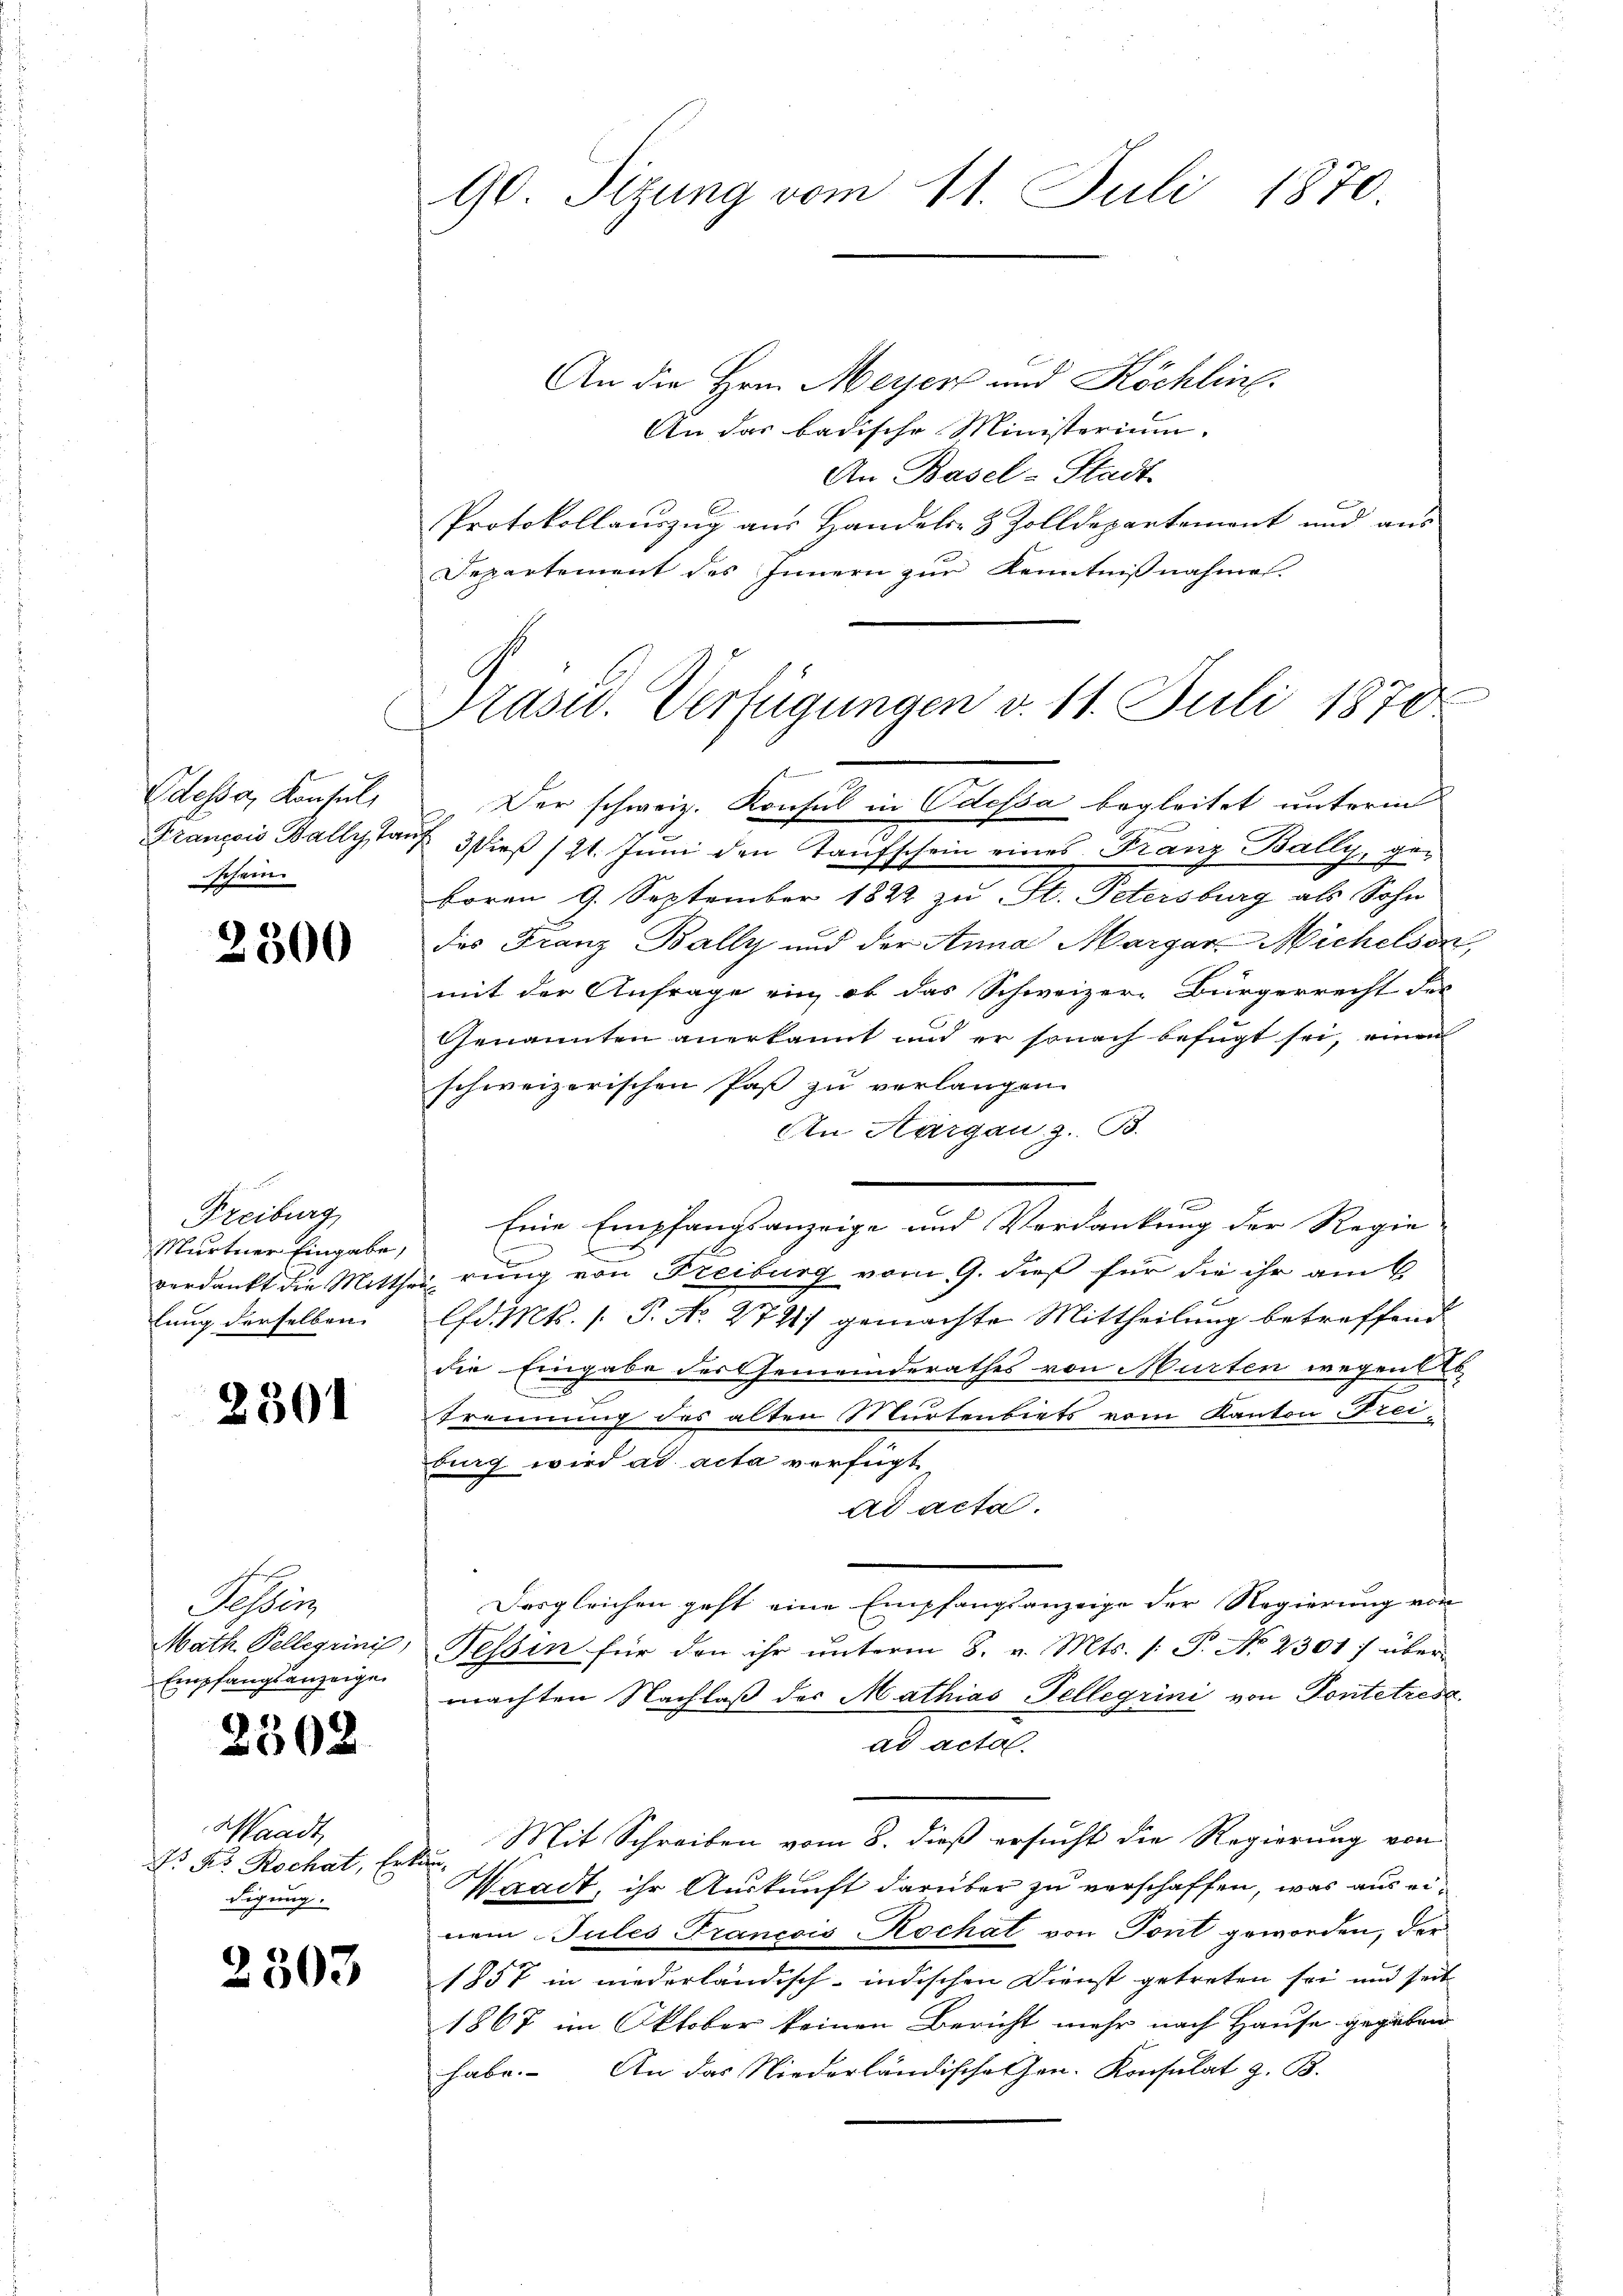
Odessa, Konsul
Francois Bally, Ta
Schein

2300

Freiburg,
Murtner Eingabe,
lung derselben

2301

sleis
Math. Pellerini,
Empfangsanzeige

2302

Waadt,
N. K. Rochat, Erkun-
digung.

2503

90. Sizung vom 11. Juli 1870.

An die Hrn. Meyer und Köchling.
An das badische Ministerium.
An Basel-Stadt-
Protokollauszug aus Handels- & Zolldepartement und aus
Departement des Innern zur Kenntnisnahme.
a 3 dieß (21. Juni den Taufschein eines Franz Bally,

form 9. September 1822 zu St. Petersburg als Sohn
des Franz Bally und der Anna Margar-Michelsen,
mit der Anfrage ein, ob das Schweizer-Bürgerrecht des
Genannten anerkannt und er sonach befügt sei, einen
schweizerischen Paß zu verlangen.
An Aargau, z. B.
.
C
verdankt die Mitther rung von Freiburg vom 9. dieß für die ihr am 6.
lfd. Mts. 1. P. No. 277) gemachte Mittheilung betreffend
die Eingabe der Gemeinderathes von Murten wegens
Trennung des alten Murtenbiets vom Kanton Freiburg wird ad acta verfügt,
ad acta.
Desgleichen geht eine Empfangsanzeige der Regierung von
Tessin für den ihr unterm 8. v. Mts. (: P. No 2301) über
machten Nachlaß des Mathias Tellegiini von Pontetrese
ad acte.
Mit Schreiben vom 8. dieß ersucht die Regierung von
Waadt, ihr Auskunft darüber zu verschaffen, was aus einem Jules Francois Kochat von Tont geworden, der
1857 in niederländisch-indischen Dienst getreten sei und seit
1867 im Oktober keinen Bericht mehr nach Hause gegeben
habe. An das Niederländischehen. Konsulat z. B.

Grasw. Verfügungen v. 11. Juli 1870
Der schweiz. Konsul in Odessa begleitet unterm

Eine Empfangsanzeige und Verdankung der Regie-